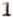
1